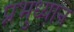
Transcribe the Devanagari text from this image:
प्रभुध्यान